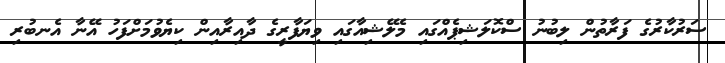
ސަރުކާރުގެ ފަރާތުން ލިބުނު ސްކޮލަޝިޕެއްގައި މެލޭޝިއާގައި ވިޔަފާރީގެ ދާއިރާއިން ކިޔެވުމަށްފަހު އޭނާ އެނބުރި